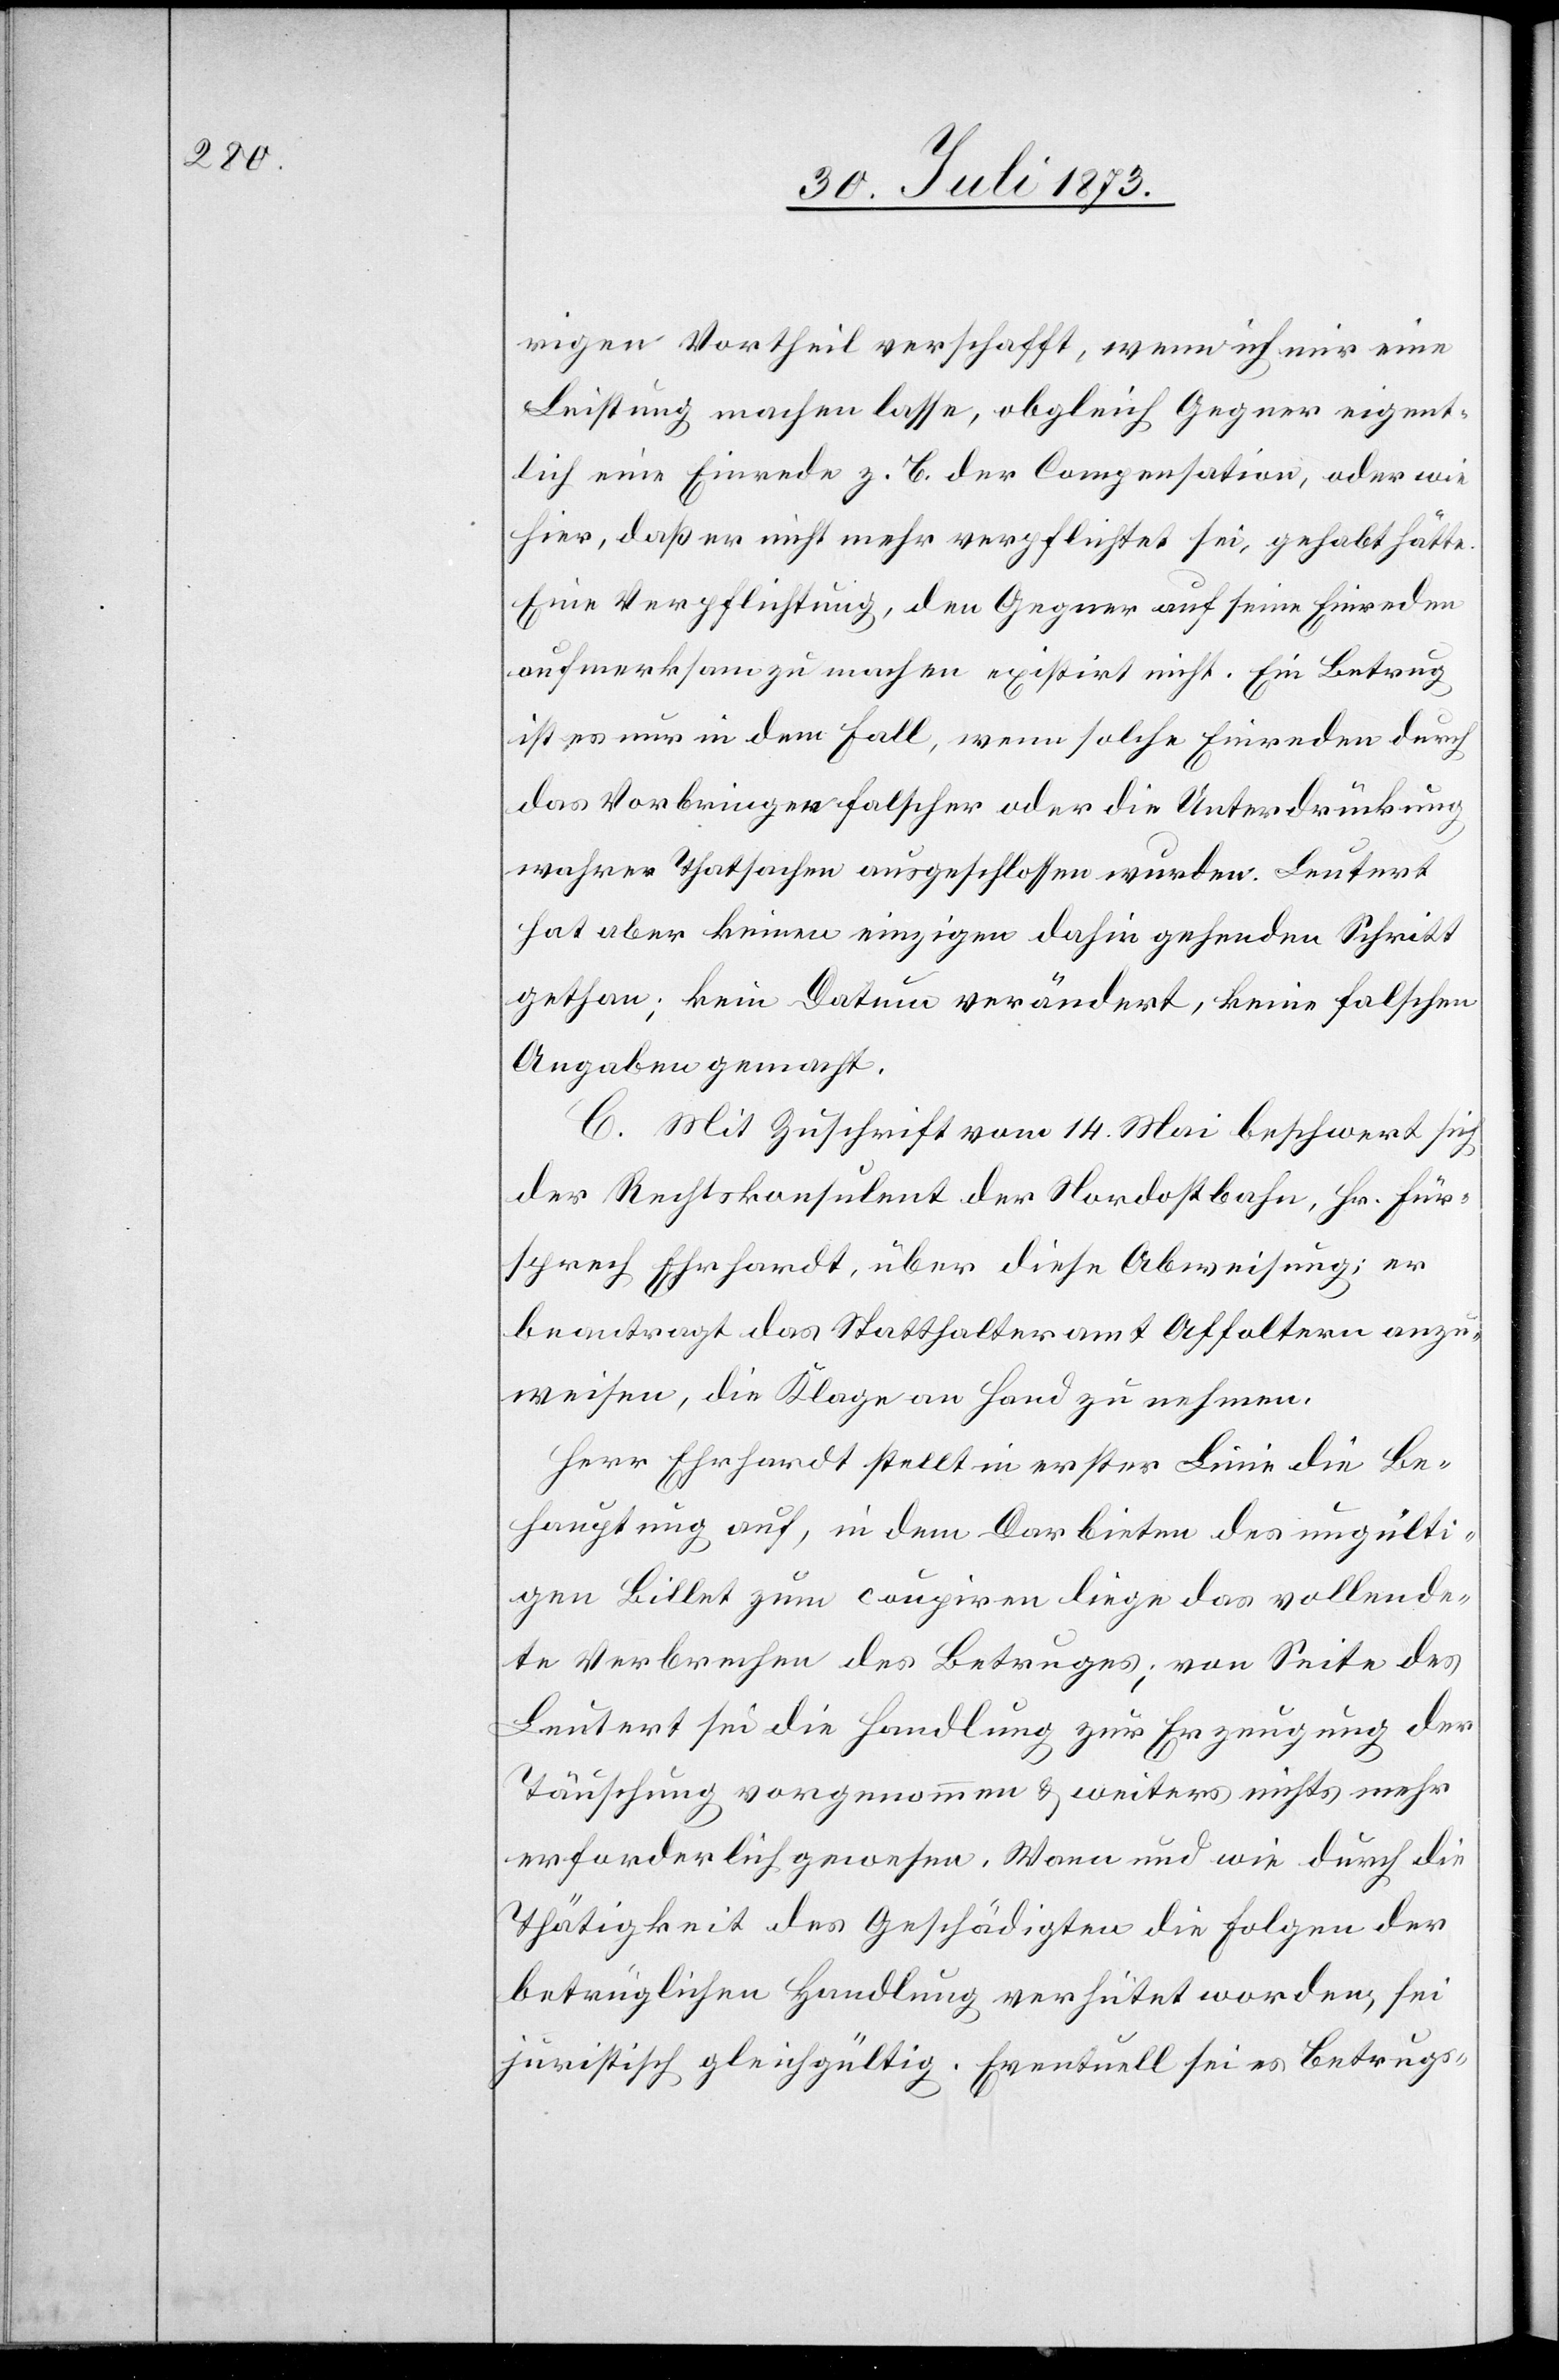
rigen Vortheil verschafft, wenn ich mir eine
Leistung machen lasse, obgleich Gegner eigent¬
lich eine Einrede z. B. der Compensation, oder wie
hier, daß er nicht mehr verpflichtet sei, gehabt hätte.
Eine Verpflichtung, den Gegner auf seine Einreden
aufmerksam zu machen, existirt nicht. Ein Betrug
ist es nur in dem Fall, wenn solche Einreden durch
das Vorbringen falscher oder die Unterdrückung
wahrer Thatsachen ausgeschlossen wurden. Leutert
hat aber keinen einzigen dahin gehenden Schritt
gethan; kein Datum verändert, keine falschen
Angaben gemacht.
C. Mit Zuschrift vom 14. Mai beschwert sich
der Rechtskonsulent der Nordostbahn, Hr. Für¬
sprech Ehrhardt, über diese Abweisung; er
beantragt das Statthalteramt Affoltern anzu¬
weisen, die Klage an Hand zu nehmen.
Herr Ehrhardt stellt in erster Linie die Be¬
hauptung auf, in dem Darbieten des ungülti¬
gen Billet zum coupiren liege das vollende¬
te Verbrechen des Betruges; von Seite des
Leutert sei die Handlung zur Erzeugung der
Täuschung vorgenommen & weiters nichts mehr
erforderlich gewesen. Wann und wie durch die
Thätigkeit des Geschädigten die Folgen der
betrüglichen Handlung verhütet worden, sei
juristisch gleichgültig. Eventuell sei es Betrugs-